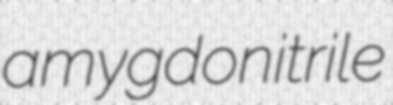
amygdonitrile